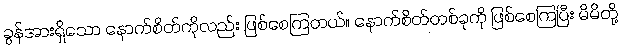
ခွန်အားရှိသော နောက်စိတ်ကိုလည်း ဖြစ်စေကြတယ်။ နောက်စိတ်တစ်ခုကို ဖြစ်စေကြပြီး မိမိတို့